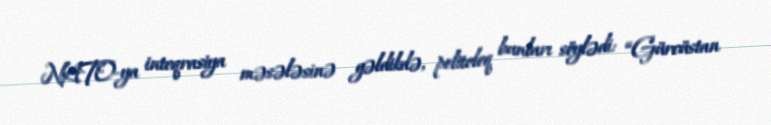
NATO-ya inteqrasiya məsələsinə gəldikdə, politoloq bunları söylədi: “Gürcüstan